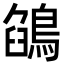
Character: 鵮